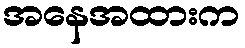
အနေအထားက